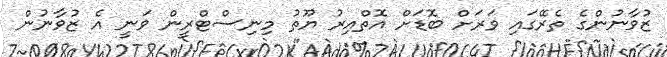
ޒުވާނުންގެ ތެރޭގައި ވަރަށް ބޮޑަށް އޮތްއިރު ޔޫތު މިނިސްޓްރީން ވަނީ އެ ޒުވާނުން